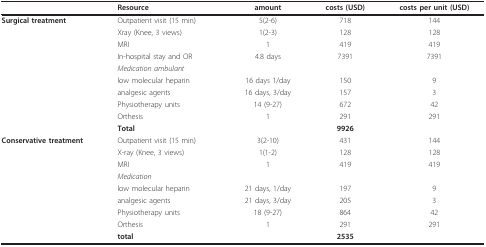
<table><thead><tr><td></td><td><b>Resource</b></td><td><b>amount</b></td><td><b>costs (USD)</b></td><td><b>costs per unit (USD)</b></td></tr></thead><tbody><tr><td><b>Surgical treatment</b></td><td>Outpatient visit (15 min)</td><td>5(2-6)</td><td>718</td><td>144</td></tr><tr><td></td><td>Xray (Knee, 3 views)</td><td>1(2-3)</td><td>128</td><td>128</td></tr><tr><td></td><td>MRI</td><td>1</td><td>419</td><td>419</td></tr><tr><td></td><td>In-hospital stay and OR</td><td>4.8 days</td><td>7391</td><td>7391</td></tr><tr><td></td><td><i>Medication ambulant</i></td><td></td><td></td><td></td></tr><tr><td></td><td>low molecular heparin</td><td>16 days 1/day</td><td>150</td><td>9</td></tr><tr><td></td><td>analgesic agents</td><td>16 days, 3/day</td><td>157</td><td>3</td></tr><tr><td></td><td>Physiotherapy units</td><td>14 (9-27)</td><td>672</td><td>42</td></tr><tr><td></td><td>Orthesis</td><td>1</td><td>291</td><td>291</td></tr><tr><td></td><td><b>Total</b></td><td></td><td><b>9926</b></td><td></td></tr><tr><td><b>Conservative treatment</b></td><td>Outpatient visit (15 min)</td><td>3(2-10)</td><td>431</td><td>144</td></tr><tr><td></td><td>X-ray (Knee, 3 views)</td><td>1(1-2)</td><td>128</td><td>128</td></tr><tr><td></td><td>MRI</td><td>1</td><td>419</td><td>419</td></tr><tr><td></td><td><i>Medication</i></td><td></td><td></td><td></td></tr><tr><td></td><td>low molecular heparin</td><td>21 days, 1/day</td><td>197</td><td>9</td></tr><tr><td></td><td>analgesic agents</td><td>21 days, 3/day</td><td>205</td><td>3</td></tr><tr><td></td><td>Physiotherapy units</td><td>18 (9-27)</td><td>864</td><td>42</td></tr><tr><td></td><td>Orthesis</td><td>1</td><td>291</td><td>291</td></tr><tr><td></td><td><b>total</b></td><td></td><td><b>2535</b></td><td></td></tr></tbody></table>